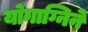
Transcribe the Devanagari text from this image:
योगाग्निने